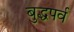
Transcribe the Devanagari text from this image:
बुद्धपर्व